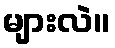
များလဲ။